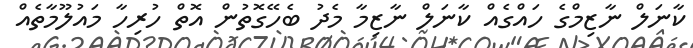
ކާނަލް ނާޒިމްގެ ހައްގެއް ކާނަލް ނާޒިމާ މެދު ބެހޭގޮތުން އޮތް ހުރިހާ މައުލޫމާތެއް